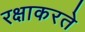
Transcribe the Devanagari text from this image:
रक्षाकरते